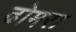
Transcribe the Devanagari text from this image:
ढोमरा